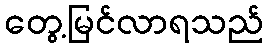
တွေ့မြင်လာရသည်